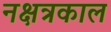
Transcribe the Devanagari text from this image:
नक्षत्रकाल